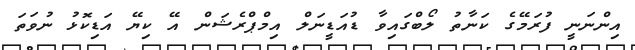
އިންނަނީ ފުރަމޭގެ ކަނާތު ލޯބްގައިވާ ޑުއަޑީނަލް އިމްޕްރެޝަން އޭ ކިޔޭ އަޑިކޮޅު ނުވަތަ